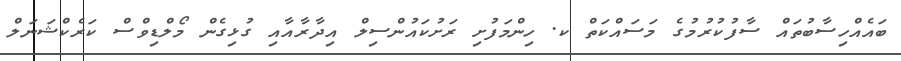
ބައެއްހިސާބުތައް ސާފުކުރުމުގެ މަސައްކަތް ކ. ހިންމަފުށި ރަށުކައުންސިލް އިދާރާއާއި ގުޅިގެން މޯލްޑިވްސް ކަރެކްޝަނަލް